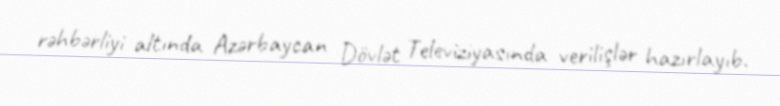
rəhbərliyi altında Azərbaycan Dövlət Televiziyasında verilişlər hazırlayıb.